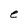
Character: e